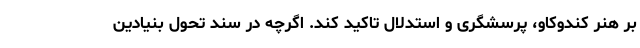
بر هنر کندوکاو، پرسشگری و استدلال تاکید کند. اگرچه در سند تحول بنیادین